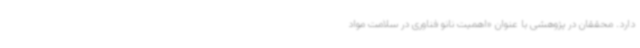
دارد. محققان در پژوهشی با عنوان «اهمیت نانو فناوری در سلامت مواد